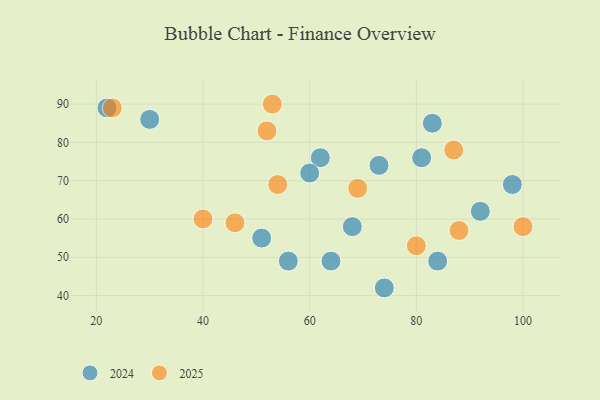
{"axis": {"x": "GDP", "y": "Life Expectancy"}, "legend": ["2024", "2025"], "data": [{"x": "100", "y": 58, "type": "2025"}, {"x": "40", "y": 60, "type": "2025"}, {"x": "53", "y": 90, "type": "2025"}, {"x": "88", "y": 57, "type": "2025"}, {"x": "54", "y": 69, "type": "2025"}, {"x": "80", "y": 53, "type": "2025"}, {"x": "69", "y": 68, "type": "2025"}, {"x": "52", "y": 83, "type": "2025"}, {"x": "23", "y": 89, "type": "2025"}, {"x": "87", "y": 78, "type": "2025"}, {"x": "46", "y": 59, "type": "2025"}, {"x": "74", "y": 42, "type": "2024"}, {"x": "73", "y": 74, "type": "2024"}, {"x": "81", "y": 76, "type": "2024"}, {"x": "98", "y": 69, "type": "2024"}, {"x": "68", "y": 58, "type": "2024"}, {"x": "83", "y": 85, "type": "2024"}, {"x": "62", "y": 76, "type": "2024"}, {"x": "92", "y": 62, "type": "2024"}, {"x": "22", "y": 89, "type": "2024"}, {"x": "64", "y": 49, "type": "2024"}, {"x": "84", "y": 49, "type": "2024"}, {"x": "60", "y": 72, "type": "2024"}, {"x": "56", "y": 49, "type": "2024"}, {"x": "30", "y": 86, "type": "2024"}, {"x": "51", "y": 55, "type": "2024"}]}